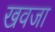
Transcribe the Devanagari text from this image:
खवजा